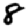
Digit: 8